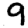
Digit: 9